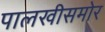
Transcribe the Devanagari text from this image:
पालखीसमोर